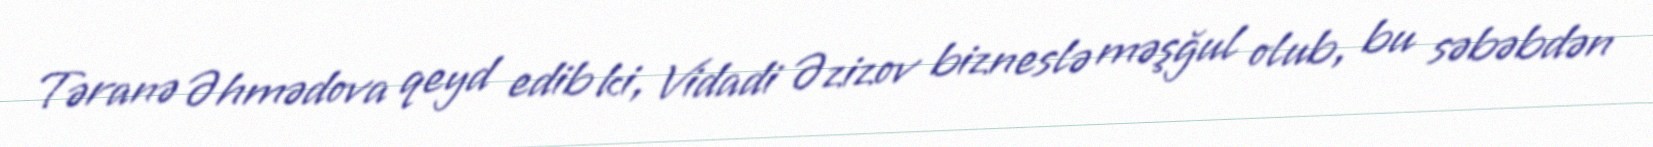
Təranə Əhmədova qeyd edib ki, Vidadi Əzizov bizneslə məşğul olub, bu səbəbdən